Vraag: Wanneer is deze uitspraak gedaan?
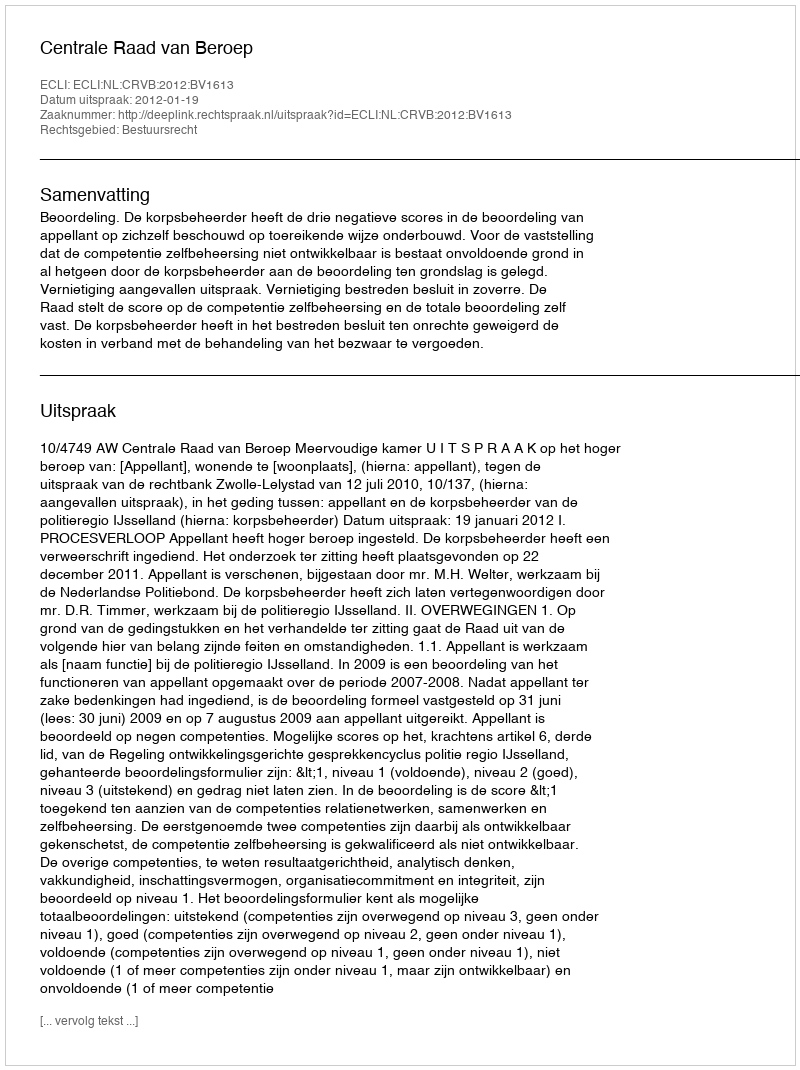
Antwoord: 2012-01-19